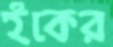
ইকের